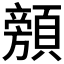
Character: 𱂜